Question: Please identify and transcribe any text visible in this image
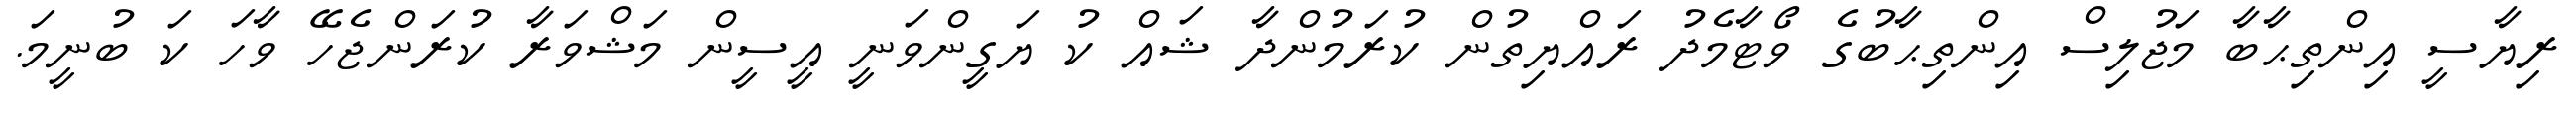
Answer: ރިޔާސީ އިންތިޙާބާ މަޖުލިސް އިންތިޙާބުގެ ވޯޓާމެދު ރައްޔިތުން ކުރަމުންދާ ޝައް ކު ޔަގީންވަނީ އީސީން މަޝްވަރާ ކުރަންޖެހޭ ވާހަ ކަ ބުނީމަ.